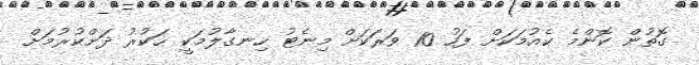
ގޮތުން ކޮންމެ ކެއުމަކަށް ފަހު 10 ވަރަކަށް މިނެޓު ހިނގާލުމަކީ ހަކުރު ދަށްކުރުމަށް